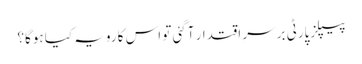
پیپلزپارٹی برسرِ اقتدار آگئی تو اس کا رویہ کیا ہوگا؟